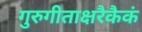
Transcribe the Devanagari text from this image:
गुरुगीताक्षरैकैकं